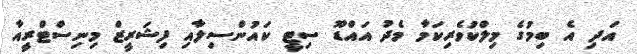
އަދި އެ ބިމުގެ މިލްކުވެރިކަމާ މެދު އައްޑޫ ސިޓީ ކައުންސިލާއި ފިޝަރީޒް މިނިސްޓްރީއާ